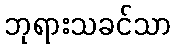
ဘုရားသခင်သာ